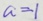
a = 1